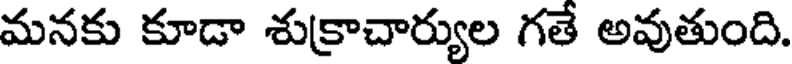
మనకు కూడా శుక్రాచార్యుల గతే అవుతుంది.